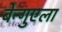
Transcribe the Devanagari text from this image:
बेन्गुएला